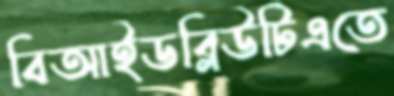
বিআইডব্লিউটিএতে